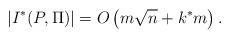
LaTeX: \begin{align*}|I^*(P,\Pi)|=O\left( m\sqrt{n}+ k^*m\right).\end{align*}